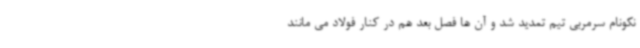
نکونام سرمربی تیم تمدید شد و آن ها فصل بعد هم در کنار فولاد می مانند